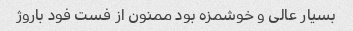
بسیار عالی و خوشمزه بود ممنون از فست فود باروژ